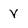
Character: V